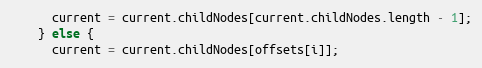
Language: JavaScript
      current = current.childNodes[current.childNodes.length - 1];
    } else {
      current = current.childNodes[offsets[i]];